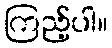
ကြည့်ပါ။